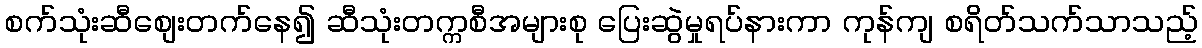
စက်သုံးဆီစျေးတက်နေ၍ ဆီသုံးတက္ကစီအများစု ပြေးဆွဲမှုရပ်နားကာ ကုန်ကျ စရိတ်သက်သာသည့်